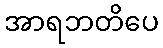
အာရဘတိပေ